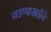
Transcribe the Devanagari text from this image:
पाडण्यासाठीचे